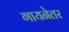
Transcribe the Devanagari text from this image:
गायनेतर